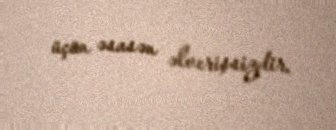
üçün əsasən əlverişsizdir.